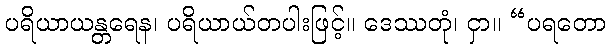
ပရိယာယန္တရေန၊ ပရိယာယ်တပါးဖြင့်။ ဒေဿတုံ၊ ငှာ။ “ပရတော